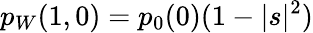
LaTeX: p_{W}(1,0)=p_{0}(0)(1-|s|^{2})